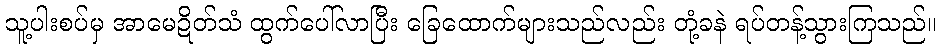
သူ့ပါးစပ်မှ အာမေဍိတ်သံ ထွက်ပေါ်လာပြီး ခြေထောက်များသည်လည်း တုံ့ခနဲ ရပ်တန့်သွားကြသည်။